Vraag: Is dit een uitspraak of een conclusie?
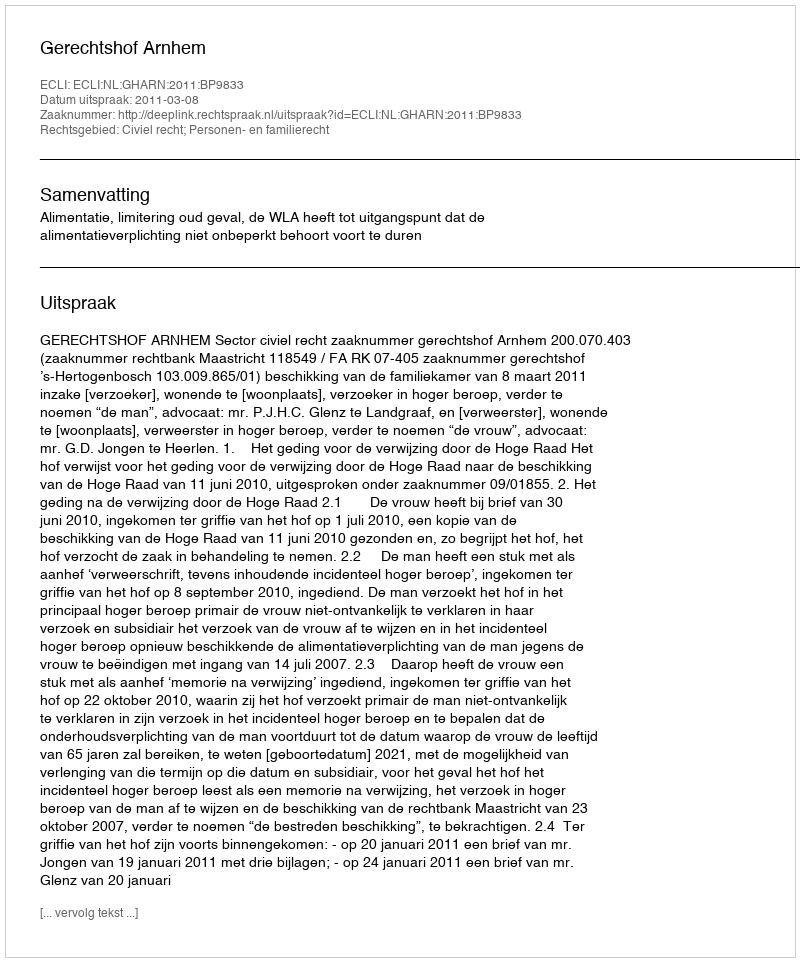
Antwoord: Uitspraak